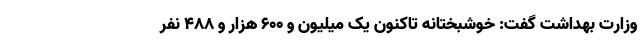
وزارت بهداشت گفت: خوشبختانه تاکنون یک میلیون و ۶۰۰ هزار و ۴۸۸ نفر